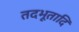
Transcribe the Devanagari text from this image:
तदभूतादि